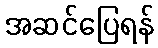
အဆင်ပြေရန်